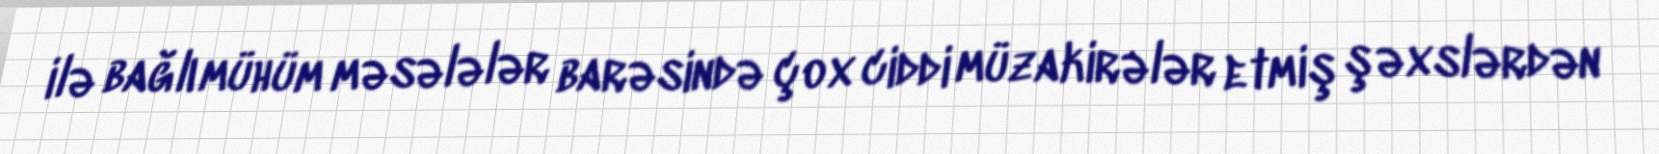
ilə bağlı mühüm məsələlər barəsində çox ciddi müzakirələr etmiş şəxslərdən